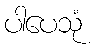
ပါပေသုံ